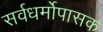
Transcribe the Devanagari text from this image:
सर्वधर्मोपासक